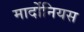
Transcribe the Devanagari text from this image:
मार्दोनियस